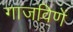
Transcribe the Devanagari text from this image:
गाजविणें